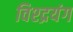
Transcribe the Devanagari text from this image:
विश्द्रयंग